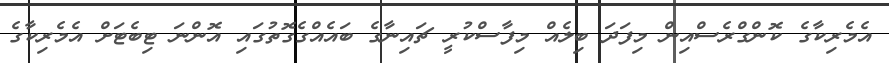
އެމެރިކާގެ ކޮންގްރެސްއިން މިފަދަ ބިލެއް މިފާސްކުރީ ޗައިނާގެ ބައެއްގެގޮތުގައި އޮންނަ ޓިބެޓަށް އެމެރިކާގެ